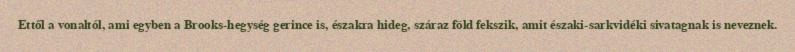
Ettől a vonaltól, ami egyben a Brooks-hegység gerince is, északra hideg, száraz föld fekszik, amit északi-sarkvidéki sivatagnak is neveznek.